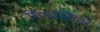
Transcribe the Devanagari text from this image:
मिग्वेलिना